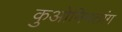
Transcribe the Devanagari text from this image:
कुओमिनतांग